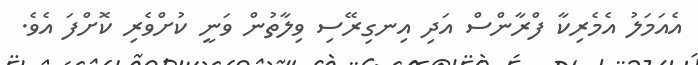
އެއަމަލު އެމެރިކާ ފްރާންސް އަދި އިނގިރޭސި ވިލާތުން ވަނީ ކުށްވެރި ކޮށްފަ އެވެ.